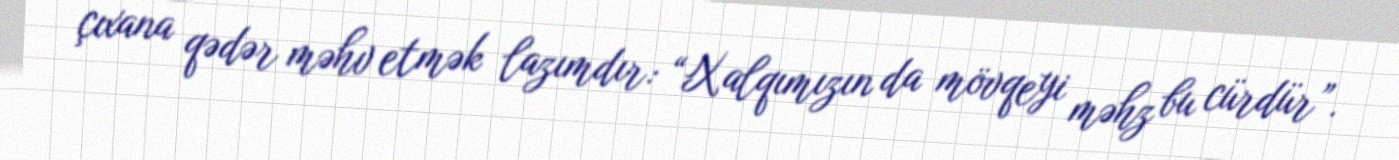
çıxana qədər məhv etmək lazımdır: “Xalqımızın da mövqeyi məhz bu cürdür”.